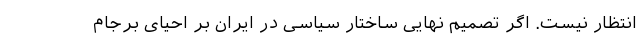
انتظار نیست. اگر تصمیم نهایی ساختار سیاسی در ایران بر احیای برجام